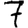
Digit: 7